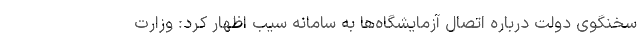
سخنگوی دولت درباره اتصال آزمایشگاه‌ها به سامانه سیب اظهار کرد: وزارت